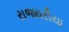
રાજઘરીયા